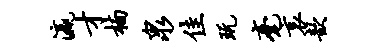
瀛才楠泉佳玩毫哀歆